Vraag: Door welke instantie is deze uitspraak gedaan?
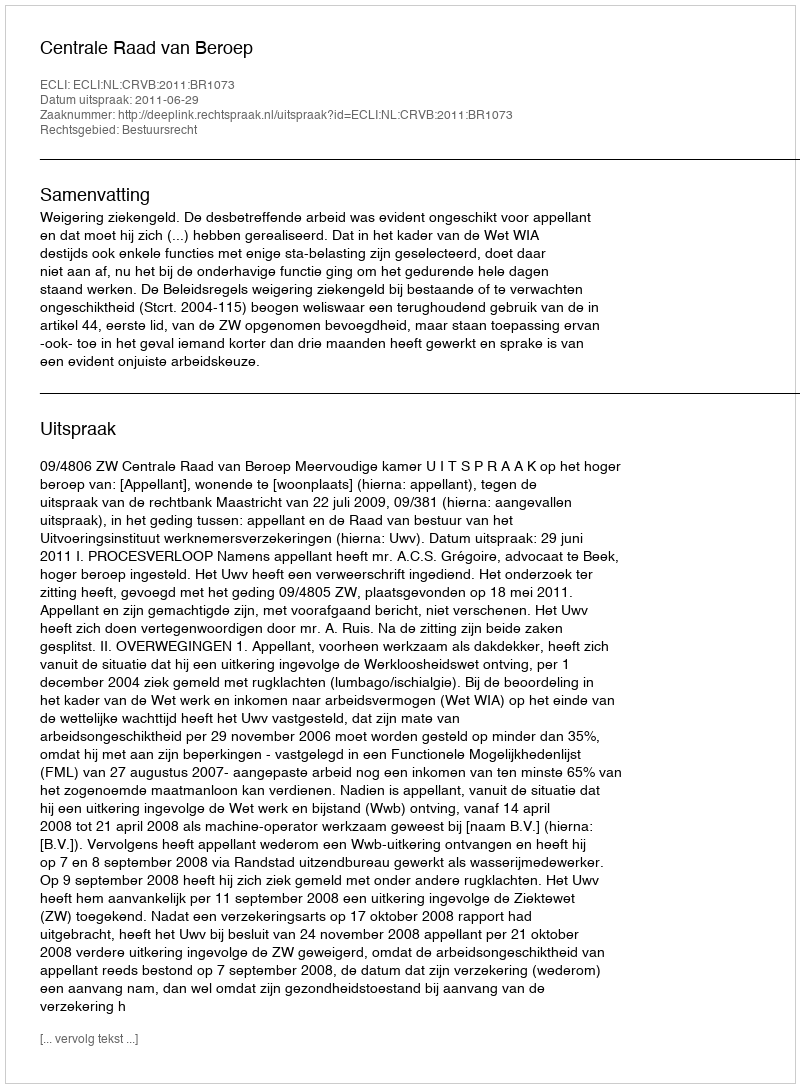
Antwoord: Centrale Raad van Beroep